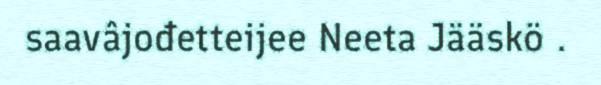
saavâjođetteijee Neeta Jääskö .